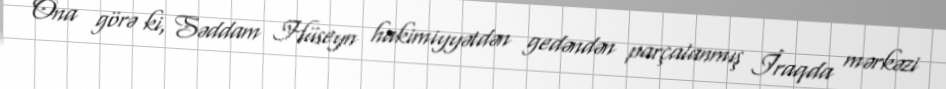
Ona görə ki, Səddam Hüseyn hakimiyyətdən gedəndən parçalanmış İraqda mərkəzi